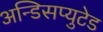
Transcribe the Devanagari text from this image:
अन्डिसप्युटेड